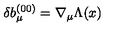
\delta b _ { \mu } ^ { ( 0 0 ) } = \nabla _ { \mu } \Lambda ( x )